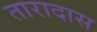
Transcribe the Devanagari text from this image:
तारादास